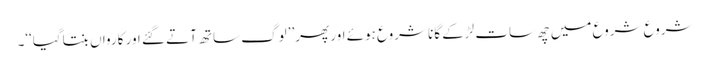
شروع شروع میں چھ سات لڑکے گانا شروع ہوئے اور پھر’’ لوگ ساتھ آتے گئے اور کارواں بنتاگیا‘‘۔